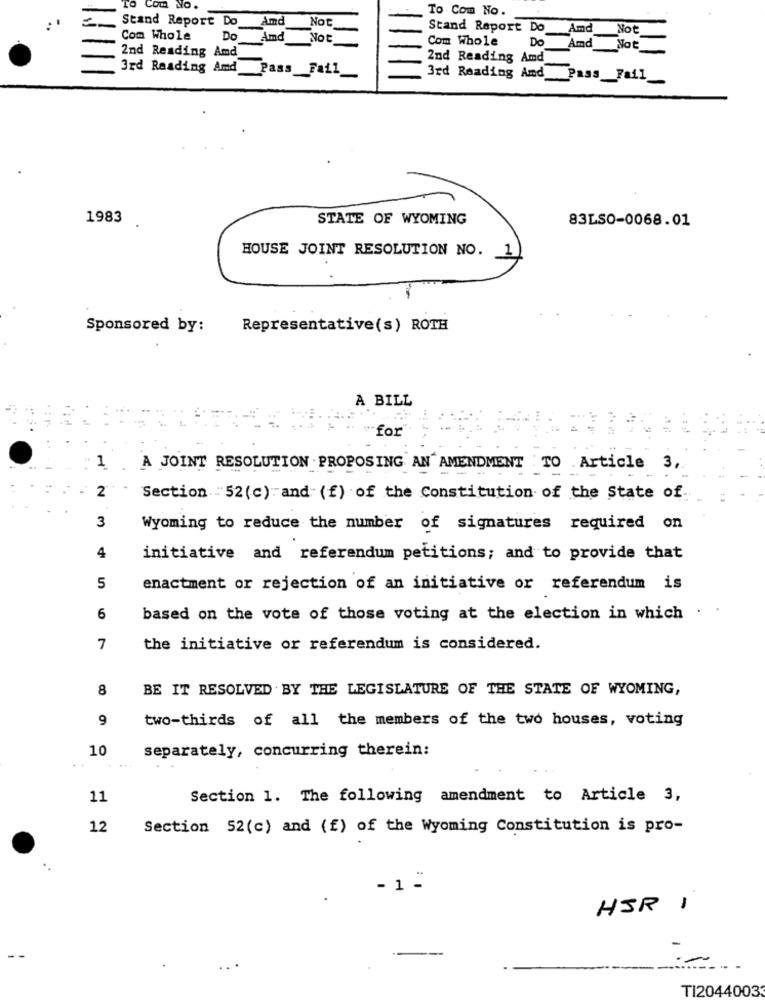
Com No.
To Com No.
Stand Report Do
Amd
Not
Stand Report Do _Amd Not
Com Whole
Do
And
Not
Com Whole
DO
2nd Reading Amd
Amd Not_
2nd Reading Amd
3rd Reading Amd Pass_Fail_
3rd Reading And Pass _Fail_
1983
STATE OF WYOMING
83LSO-0068.01
HOUSE JOINT RESOLUTION NO. 1
Sponsored by:
Representative(s) ROTH
A BILL
for
1
A JOINT RESOLUTION PROPOSING AN AMENDMENT TO Article 3,
2
Section "52(c) and (f) of the Constitution of the State of
3
Wyoming to reduce the number of signatures required on
4
initiative and referendum petitions; and to provide that
5
enactment or rejection of an initiative or referendum is
6
based on the vote of those voting at the election in which . .
7
the initiative or referendum is considered.
8
BE IT RESOLVED BY THE LEGISLATURE OF THE STATE OF WYOMING,
9
two-thirds of all the members of the two houses, voting
10
separately, concurring therein:
11
Section 1. The following amendment to Article 3,
12
Section 52(c) and (f) of the Wyoming Constitution is pro-
- 1 -
HIR 1
TI20440033